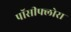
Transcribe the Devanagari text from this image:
पॉसीफ्लोरा